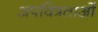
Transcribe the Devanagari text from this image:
अपवित्रताओं